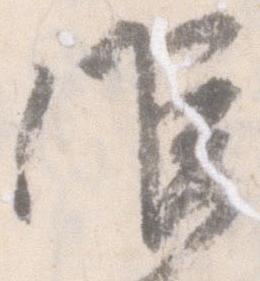
候